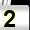
Digit: 2